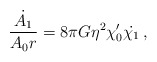
\begin{align*}{\dot{A_1} \over A_0r} = 8\pi G\eta^2\chi_0'\dot{\chi_1}\,,\end{align*}